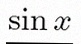
\sin x